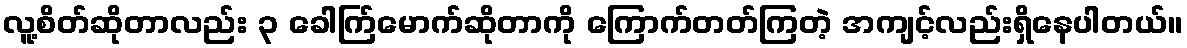
လူ့စိတ်ဆိုတာလည်း ၃ ခေါက်ြမောက်ဆိုတာကို ကြောက်တတ်ကြတဲ့ အကျင့်လည်းရှိနေပါတယ်။